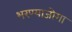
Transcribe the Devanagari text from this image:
भरण्याजोगा